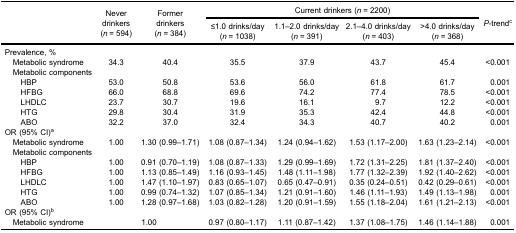
<table><thead><tr><td rowspan="3">[EMPTY_CELL]</td><td rowspan="3"><b>Neverdrinkers(<i>n</i> = 594)</b></td><td rowspan="3"><b>Formerdrinkers(<i>n</i> = 384)</b></td><td colspan="4"><b>Current drinkers (<i>n</i> = 2200)</b></td><td rowspan="3"><b><i>P</i>-trend<sup>c</sup></b></td></tr><tr><td><b>≤1.0 drinks/day(<i>n</i> = 1038)</b></td><td><b>1.1–2.0 drinks/day(<i>n</i> = 391)</b></td><td><b>2.1–4.0 drinks/day(<i>n</i> = 403)</b></td><td><b>&gt;4.0 drinks/day(<i>n</i> = 368)</b></td></tr></thead><tbody><tr><td>Prevalence, %</td><td>[EMPTY_CELL]</td><td>[EMPTY_CELL]</td><td>[EMPTY_CELL]</td><td>[EMPTY_CELL]</td><td>[EMPTY_CELL]</td><td>[EMPTY_CELL]</td><td>[EMPTY_CELL]</td></tr><tr><td> Metabolic syndrome</td><td>34.3</td><td>40.4</td><td>35.5</td><td>37.9</td><td>43.7</td><td>45.4</td><td>&lt;0.001</td></tr><tr><td> Metabolic components</td><td>[EMPTY_CELL]</td><td>[EMPTY_CELL]</td><td>[EMPTY_CELL]</td><td>[EMPTY_CELL]</td><td>[EMPTY_CELL]</td><td>[EMPTY_CELL]</td><td>[EMPTY_CELL]</td></tr><tr><td>HBP</td><td>53.0</td><td>50.8</td><td>53.6</td><td>56.0</td><td>61.8</td><td>61.7</td><td>0.001</td></tr><tr><td>HFBG</td><td>66.0</td><td>68.8</td><td>69.6</td><td>74.2</td><td>77.4</td><td>78.5</td><td>&lt;0.001</td></tr><tr><td>LHDLC</td><td>23.7</td><td>30.7</td><td>19.6</td><td>16.1</td><td>9.7</td><td>12.2</td><td>&lt;0.001</td></tr><tr><td>HTG</td><td>29.8</td><td>30.4</td><td>31.9</td><td>35.3</td><td>42.4</td><td>44.8</td><td>&lt;0.001</td></tr><tr><td>ABO</td><td>32.2</td><td>37.0</td><td>32.4</td><td>34.3</td><td>40.7</td><td>40.2</td><td>0.001</td></tr><tr><td>OR (95% CI)<sup>a</sup></td><td>[EMPTY_CELL]</td><td>[EMPTY_CELL]</td><td>[EMPTY_CELL]</td><td>[EMPTY_CELL]</td><td>[EMPTY_CELL]</td><td>[EMPTY_CELL]</td><td>[EMPTY_CELL]</td></tr><tr><td> Metabolic syndrome</td><td>1.00</td><td>1.30 (0.99–1.71)</td><td>1.08 (0.87–1.34)</td><td>1.24 (0.94–1.62)</td><td>1.53 (1.17–2.00)</td><td>1.63 (1.23–2.14)</td><td>&lt;0.001</td></tr><tr><td> Metabolic components</td><td>[EMPTY_CELL]</td><td>[EMPTY_CELL]</td><td>[EMPTY_CELL]</td><td>[EMPTY_CELL]</td><td>[EMPTY_CELL]</td><td>[EMPTY_CELL]</td><td>[EMPTY_CELL]</td></tr><tr><td>HBP</td><td>1.00</td><td>0.91 (0.70–1.19)</td><td>1.08 (0.87–1.33)</td><td>1.29 (0.99–1.69)</td><td>1.72 (1.31–2.25)</td><td>1.81 (1.37–2.40)</td><td>&lt;0.001</td></tr><tr><td>HFBG</td><td>1.00</td><td>1.13 (0.85–1.49)</td><td>1.16 (0.93–1.45)</td><td>1.48 (1.11–1.98)</td><td>1.77 (1.32–2.39)</td><td>1.92 (1.40–2.62)</td><td>&lt;0.001</td></tr><tr><td>LHDLC</td><td>1.00</td><td>1.47 (1.10–1.97)</td><td>0.83 (0.65–1.07)</td><td>0.65 (0.47–0.91)</td><td>0.35 (0.24–0.51)</td><td>0.42 (0.29–0.61)</td><td>&lt;0.001</td></tr><tr><td>HTG</td><td>1.00</td><td>0.99 (0.74–1.32)</td><td>1.07 (0.85–1.34)</td><td>1.21 (0.91–1.60)</td><td>1.46 (1.11–1.93)</td><td>1.49 (1.13–1.98)</td><td>0.001</td></tr><tr><td>ABO</td><td>1.00</td><td>1.28 (0.97–1.68)</td><td>1.03 (0.82–1.28)</td><td>1.20 (0.91–1.59)</td><td>1.55 (1.18–2.04)</td><td>1.61 (1.21–2.13)</td><td>&lt;0.001</td></tr><tr><td>OR (95% CI)<sup>b</sup></td><td>[EMPTY_CELL]</td><td>[EMPTY_CELL]</td><td>[EMPTY_CELL]</td><td>[EMPTY_CELL]</td><td>[EMPTY_CELL]</td><td>[EMPTY_CELL]</td><td>[EMPTY_CELL]</td></tr><tr><td> Metabolic syndrome</td><td colspan="2">1.00</td><td>0.97 (0.80–1.17)</td><td>1.11 (0.87–1.42)</td><td>1.37 (1.08–1.75)</td><td>1.46 (1.14–1.88)</td><td>0.001</td></tr></tbody></table>